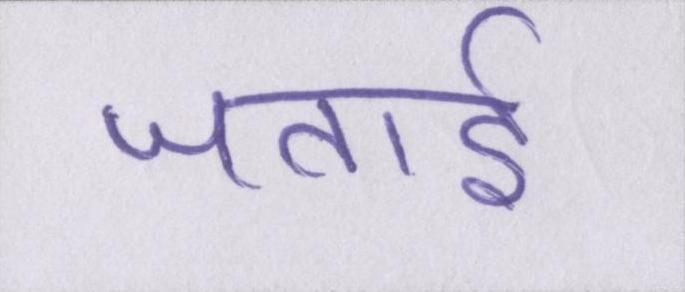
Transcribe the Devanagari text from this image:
जताई